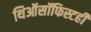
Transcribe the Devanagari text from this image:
थिऑसॉफिस्टही